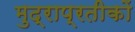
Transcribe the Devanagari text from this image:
मुद्राप्रतीकों